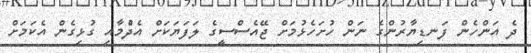
ދެ އަންހެން ފަނޑިޔާރުންގެ ނަން ހުށަހެޅުމަށް ޖޭއެސްސީގެ ލަފަޔަކަށް އެދެުމާއި ގުޅިގެން އެކަމަށް